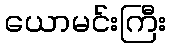
ယောမင်းကြီး